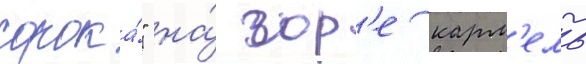
сорока́" на́ гор'е карм'ель